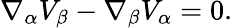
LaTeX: \nabla_{\alpha}V_{\beta}-\nabla_{\beta}V_{\alpha}=0.